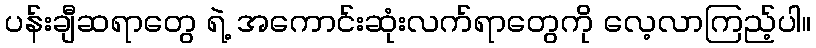
ပန်းချီဆရာတွေ ရဲ့ အကောင်းဆုံးလက်ရာတွေကို လေ့လာကြည့်ပါ။